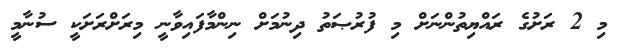
މި 2 ރަށުގެ ރައްޔިތުންނަށް މި ފުރުޞަތު ދިނުމަށް ނިންމާފައިވާނީ މިރަށްރަށަކީ ސުނާމީ